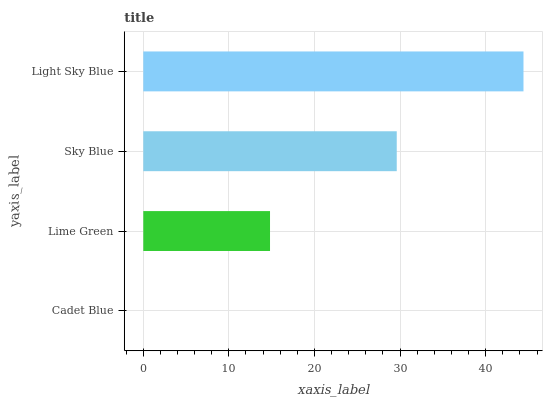
| yaxis_label | bars |
 | --- | --- |
 | Cadet Blue | 0 |
 | Lime Green | 14.8 |
 | Sky Blue | 29.6 |
 | Light Sky Blue | 44.4 |